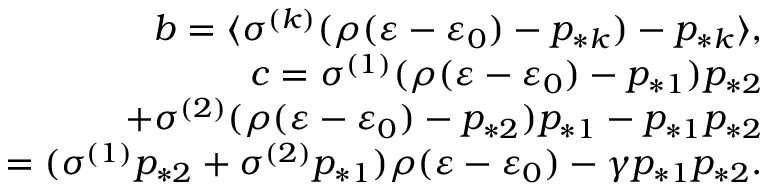
\begin{array} { r } { b = \langle \sigma ^ { ( k ) } ( \rho ( \varepsilon - \varepsilon _ { 0 } ) - p _ { * k } ) - p _ { * k } \rangle , } \\ { c = \sigma ^ { ( 1 ) } ( \rho ( \varepsilon - \varepsilon _ { 0 } ) - p _ { * 1 } ) p _ { * 2 } } \\ { + \sigma ^ { ( 2 ) } ( \rho ( \varepsilon - \varepsilon _ { 0 } ) - p _ { * 2 } ) p _ { * 1 } - p _ { * 1 } p _ { * 2 } } \\ { = ( \sigma ^ { ( 1 ) } p _ { * 2 } + \sigma ^ { ( 2 ) } p _ { * 1 } ) \rho ( \varepsilon - \varepsilon _ { 0 } ) - \gamma p _ { * 1 } p _ { * 2 } . } \end{array}